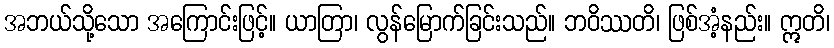
အဘယ်သို့သော အကြောင်းဖြင့်။ ယာတြာ၊ လွန်မြောက်ခြင်းသည်။ ဘဝိဿတိ၊ ဖြစ်အံ့နည်း။ ဣတိ၊